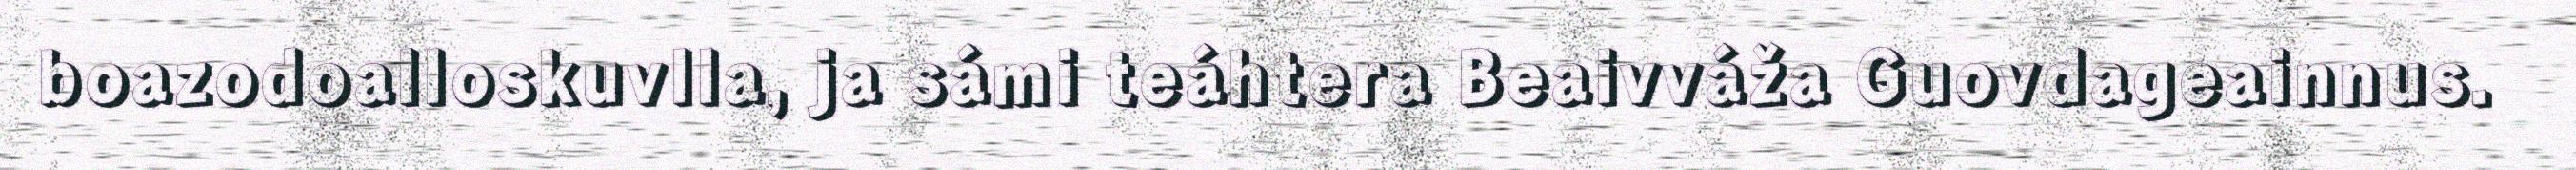
boazodoalloskuvlla, ja sámi teáhtera Beaivváža Guovdageainnus.